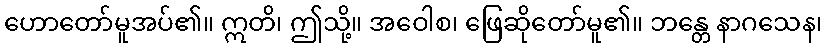
ဟောတော်မူအပ်၏။ ဣတိ၊ ဤသို့။ အဝေါစ၊ ဖြေဆိုတော်မူ၏။ ဘန္တေ နာဂသေန၊